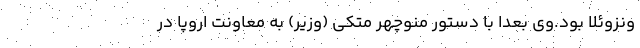
ونزوئلا بود.وی بعدا با دستور منوچهر متکی (وزیر) به معاونت اروپا در